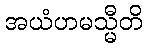
အယံဟမသ္မီတိ